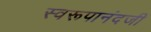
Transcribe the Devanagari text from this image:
स्वरूपानंदजी